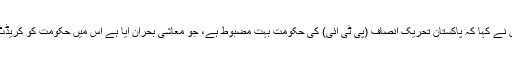
اپنی حکومت کے حوالے سے سوال پر انہوں نے کہا کہ پاکستان تحریک انصاف (پی ٹی آئی) کی حکومت بہت مضبوط ہے، جو معاشی بحران آیا ہے اس میں حکومت کو کریڈٹ دیتا ہوں کہ ہم سانس لینے کے قابل ہوئے۔